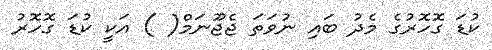
ކުޑަ ގޮހޮރުގެ މެދު ބައި ނުވަތަ ޖެޖޫނަމް( ) އަކީ ކުޑަ ގޮހޮރު